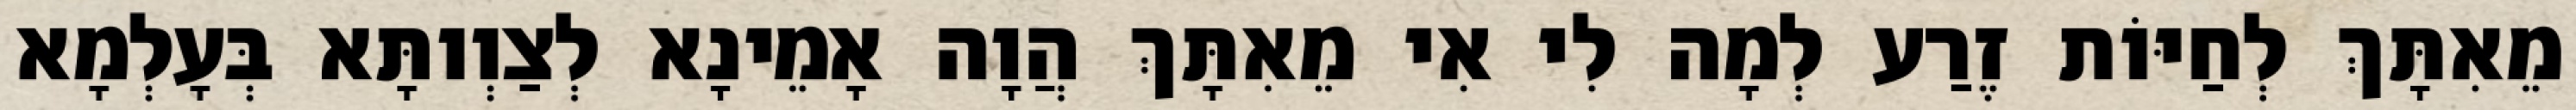
מֵאִתָּךְ לְחַיּוֹת זֶרַע לְמָה לִי אִי מֵאִתָּךְ הֲוָה אָמֵינָא לְצַוְותָּא בְּעָלְמָא